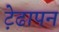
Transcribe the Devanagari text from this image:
ट़ेढापन